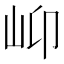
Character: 𡵙